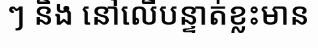
ៗ និង នៅលើបន្ទាត់ខ្លះមាន